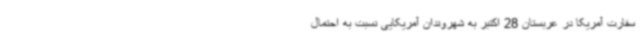
سفارت آمریکا در عربستان 28 اکتبر به شهروندان آمریکایی نسبت به احتمال